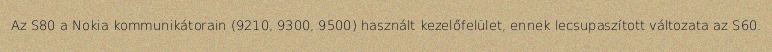
Az S80 a Nokia kommunikátorain (9210, 9300, 9500) használt kezelőfelület, ennek lecsupaszított változata az S60.